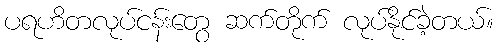
ပရဟိတလုပ်ငန်းတွေ ဆက်တိုက် လုပ်နိုင်ခဲ့တယ်။